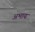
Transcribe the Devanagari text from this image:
अभाय